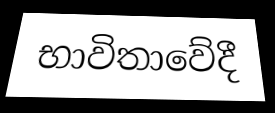
භාවිතාවේදී